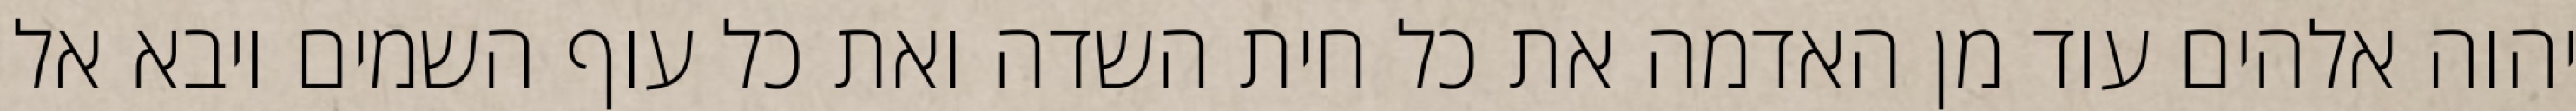
יהוה אלהים עוד מן האדמה את כל חית השדה ואת כל עוף השמים ויבא אל